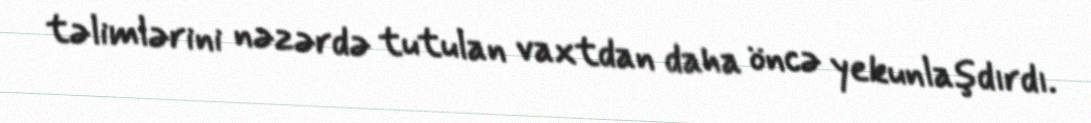
təlimlərini nəzərdə tutulan vaxtdan daha öncə yekunlaşdırdı.